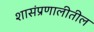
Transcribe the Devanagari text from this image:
शासंप्रणालीतील